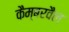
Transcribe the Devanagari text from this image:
कैम्बरवैल